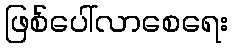
ဖြစ်ပေါ်လာစေရေး